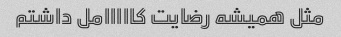
مثل همیشه رضایت کااااامل داشتم